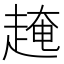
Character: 𧼎